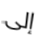
إلى